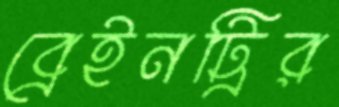
ব্রেইনট্রির